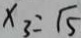
x _ { 3 } = \sqrt { 5 }